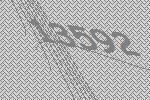
13592